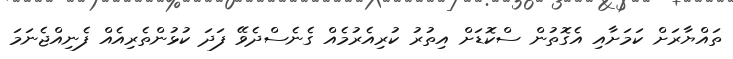
ތައްޔާރަށް ކަމަށާއި އެގޮތުން ސްކޮޑަށް އިތުރު ކުރިއެރުމެއް ގެނެސްދެވޭ ފަދަ ކުޅުންތެރިއެއް ފެނިއްޖެނަމަ